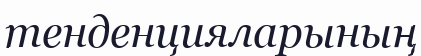
тенденцияларының